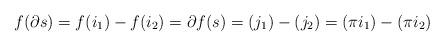
LaTeX: \begin{align*}f(\partial s)=f(i_{1})-f(i_{2})=\partial f(s)=(j_{1})-(j_{2})=(\pi i_{1})-(\pi i_{2})\end{align*}